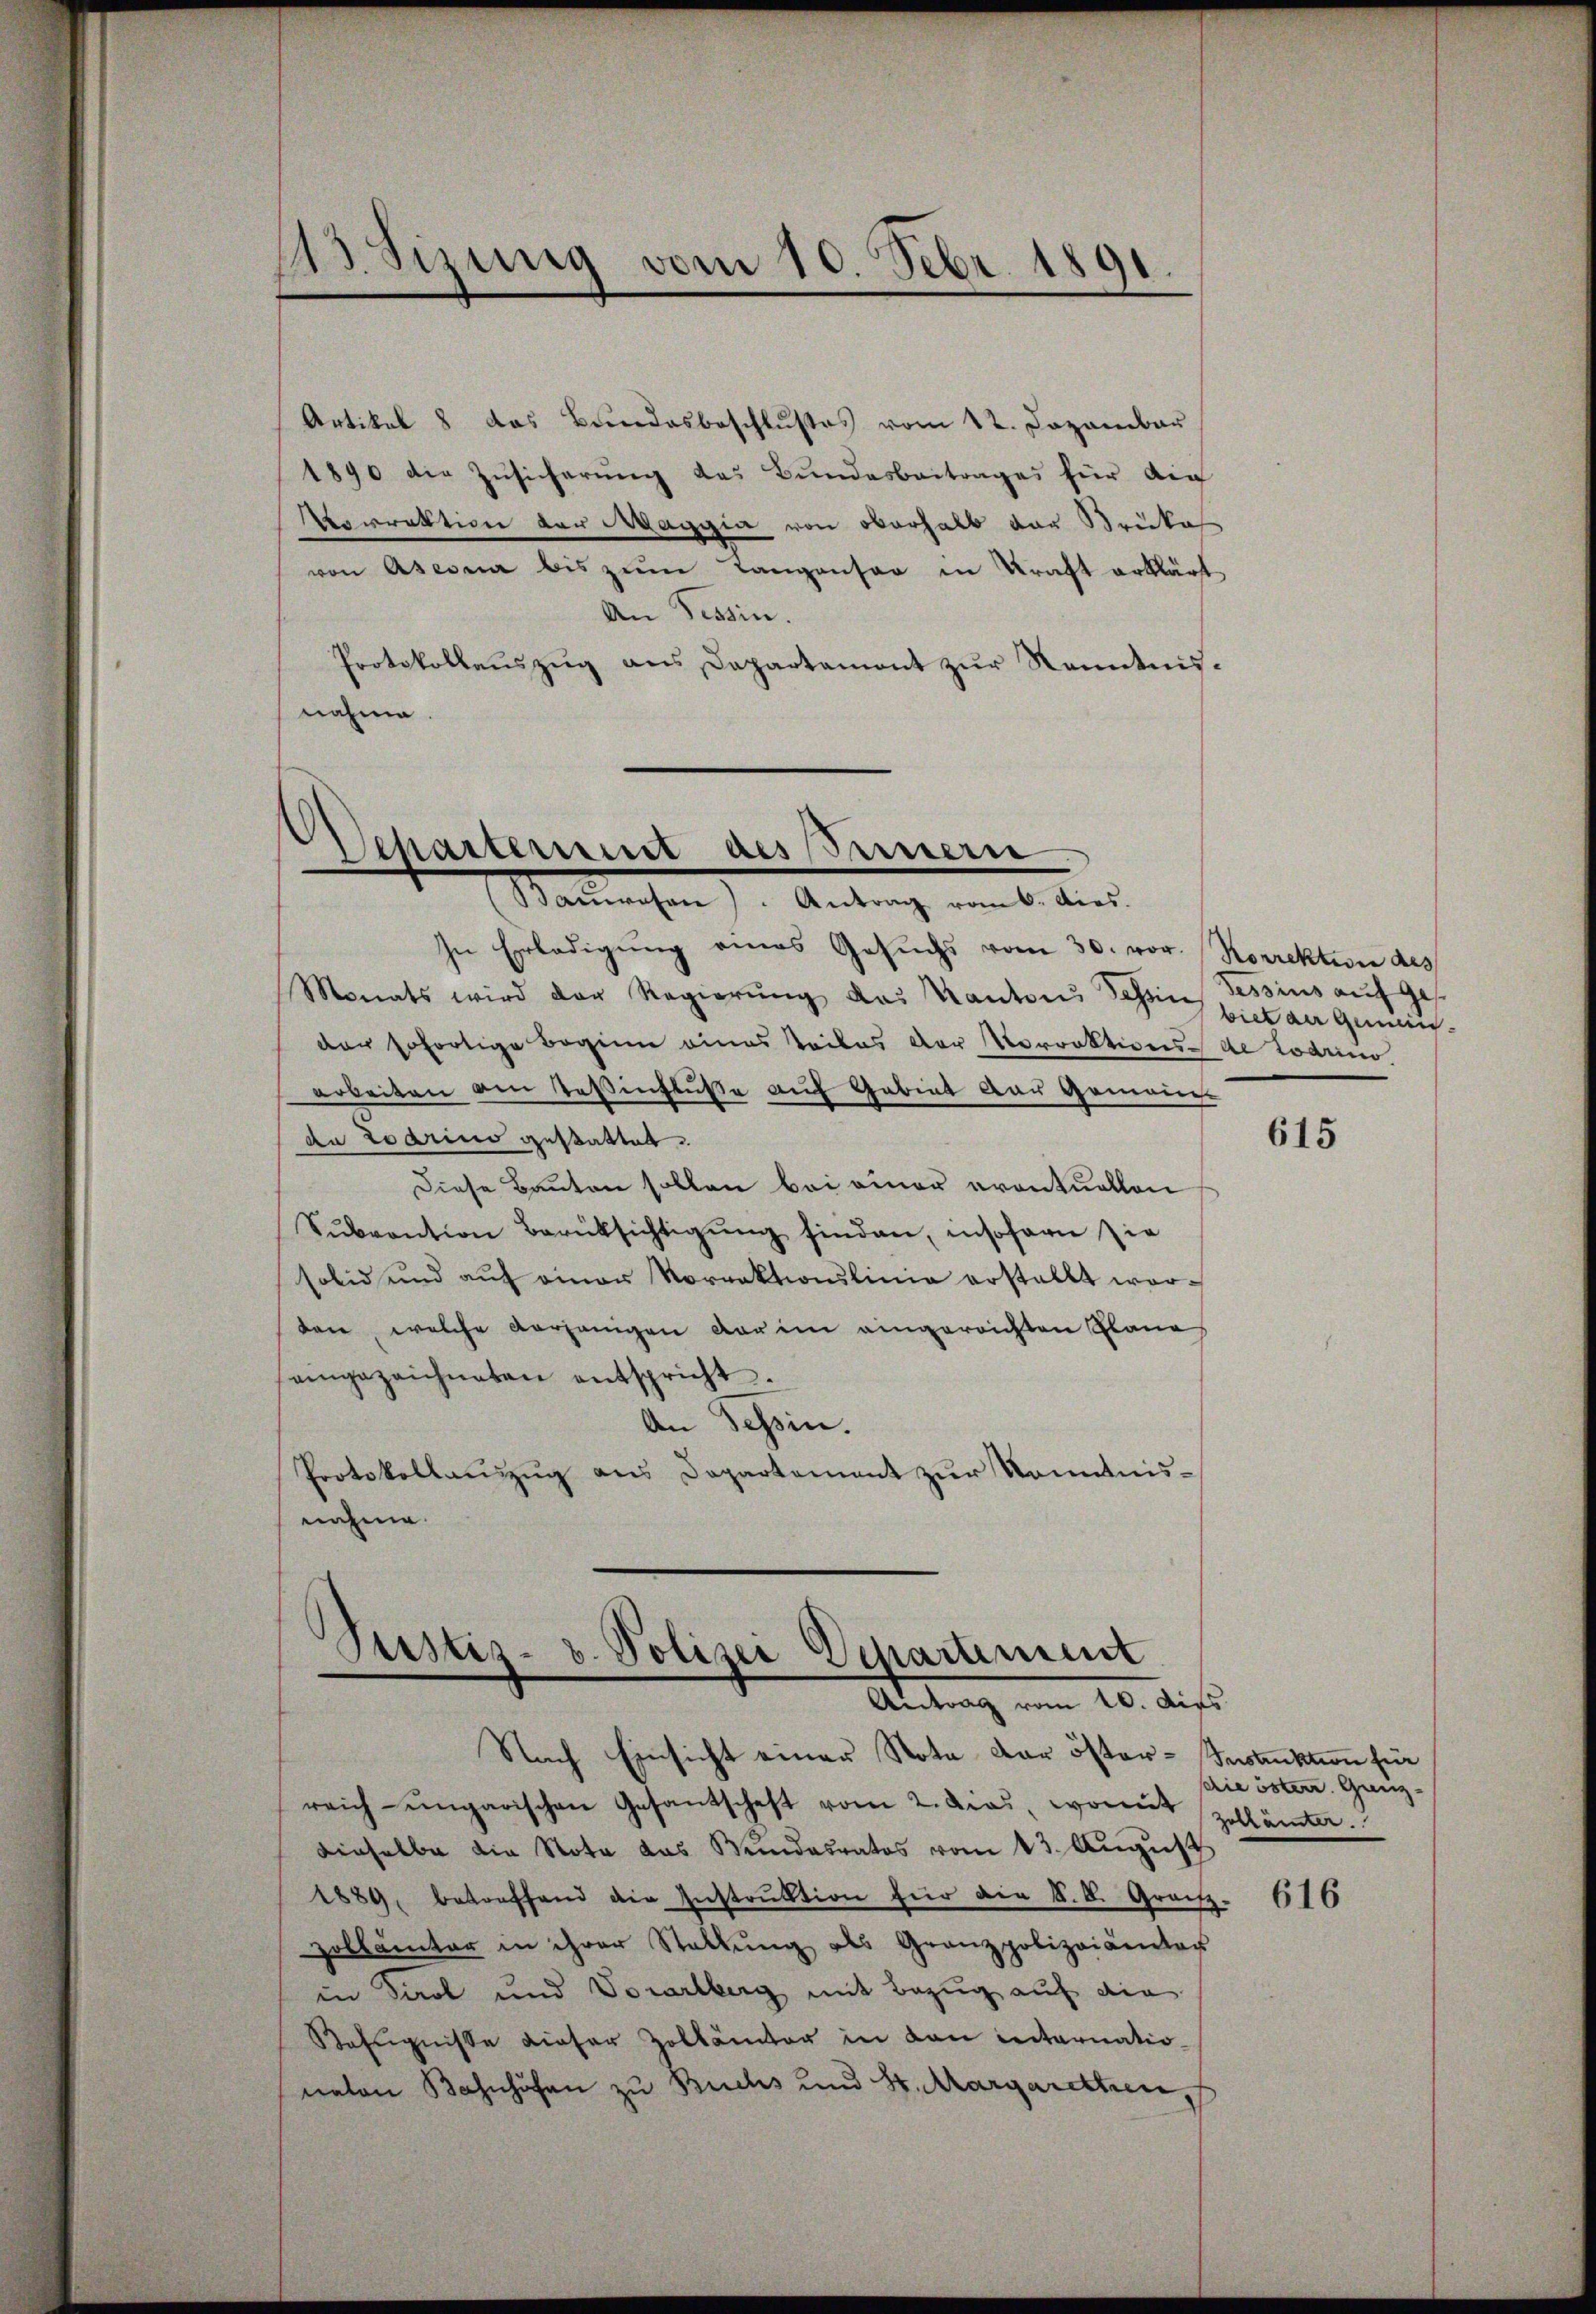
143 sizung vom 10. Febr. 1891.

Artikel 8 das Bundesbeschlußes vom 12. Dezember
1890 die Zŭsicherŭng das Bundesbeitrages für die
Norrektion der Maggia von oberhalb das Brukas
von Ascona bis zŭm Tangensar in Kraft erklärt,
An Tessin.
Protokollaŭszŭg ans Departamont zŭr Kenntnis-
nahme.

Departement als Innern
Malleichen Antrag vom 6. der

In Erledigung eines Gesŭchs vom 30. vor.   Korrektion des
Monats wird der Regierŭng das Kantons Chens Tessius auf ges
der sofortige Beginn eines Teiles der Korrektivers de Lodrino
arbeiten am Teßinfluße auf Gebiet der Gemeine
da Zoerino gestattet.
Diese Bauten sollen bei einer eventuellen
Sŭbvention Berüksichtigŭng finden, insofern sie
solid und aŭf einer Korrektionslinie erstellt worden, welche vorhänigen der im eingereichten Plane
eingezeichneten entspricht.
An Tessin.
Protokollauszug aus Departement zur Kenntnisnahme.

Justiz- & Polizei Departement
Antrag vom 10. dies

Nach Einsicht einer Nota der öster-Insanktion für
reich ungarischen Gesantschaft vom 2. das, woraus Zollämter.
dieselber die Nota das Bundesrates vom 13. August
1889, betreffend die Instrŭktion für den S. B. Graf-
Zollämter in ihrer Stattŭng als Granzpolizeiamter
in Saal und Vorarlberg mit Bezug auf die
Befugnisse dieser Zollämter in den internatio
naten Bahnhöfen zu Buchs und St. Margaretten,

biet der gemeis

615

serie östen. Grenz-

616